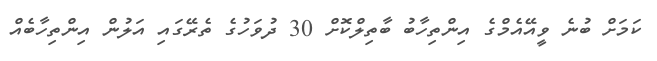
ކަމަށް ބުނެ ވީއޭއެމްގެ އިންތިހާބު ބާތިލްކޮށް 30 ދުވަހުގެ ތެރޭގައި އަލުން އިންތިހާބެއް